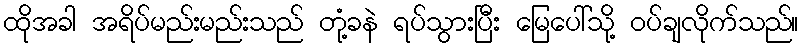
ထိုအခါ အရိပ်မည်းမည်းသည် တုံ့ခနဲ ရပ်သွားပြီး မြေပေါ်သို့ ဝပ်ချလိုက်သည်။